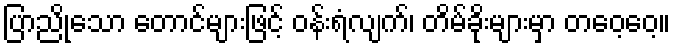
ပြာညိုသော တောင်များဖြင့် ဝန်းရံလျက်၊ တိမ်ခိုးများမှာ တဝေ့ဝေ့။